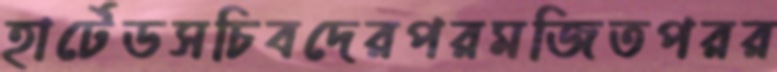
হার্টেডসচিবদেরপরমজিতপরর